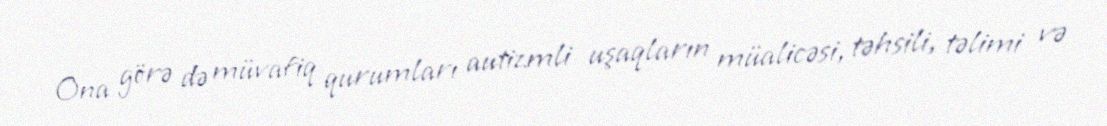
Ona görə də müvafiq qurumları autizmli uşaqların müalicəsi, təhsili, təlimi və